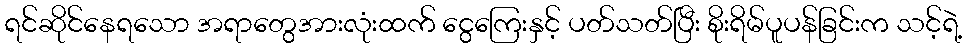
ရင်ဆိုင်နေရသော အရာတွေအားလုံးထက် ငွေကြေးနှင့် ပတ်သတ်ပြီး စိုးရိမ်ပူပန်ခြင်းက သင့်ရဲ့